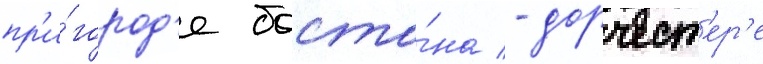
пр'и́город'е босто́на - дорчест'ер'е